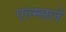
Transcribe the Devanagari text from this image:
एल्म्सले